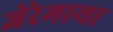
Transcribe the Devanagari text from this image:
जेरेमाया